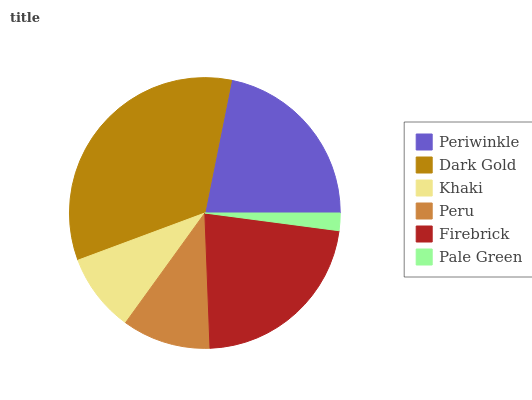
| Periwinkle | Dark Gold | Khaki | Peru | Firebrick | Pale Green |
 | --- | --- | --- | --- | --- | --- |
 | 21.8% | 33.9% | 9.37% | 10.6% | 22.3% | 2.08% |